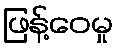
ဖြန့်ဝေမှု